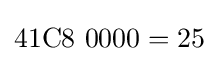
{\text{41C8 0000}}=25